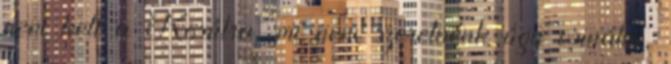
nem kell a Körútra, mi nem szeretnénk úgy csinálni,